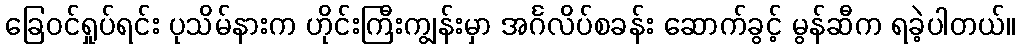
ခြေဝင်ရှုပ်ရင်း ပုသိမ်နားက ဟိုင်းကြီးကျွန်းမှာ အင်္ဂလိပ်စခန်း ဆောက်ခွင့် မွန်ဆီက ရခဲ့ပါတယ်။